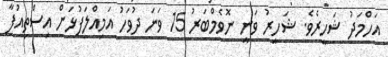
އަހްމަދު ޝަހީރެވެ. ޝަހީރު ވަނީ ނޮވެމްބަރު 15 ވަނަ ދުވަހު އަމިއްލަފުޅަށް އިސްތިއުފާ